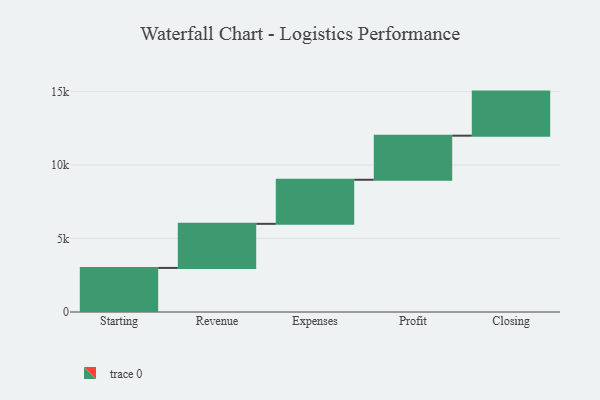
{"axis": {"x": "Step", "y": "Value"}, "legend": [""], "data": [{"x": "Starting", "y": 3000, "type": ""}, {"x": "Revenue", "y": 3000, "type": ""}, {"x": "Expenses", "y": 3000, "type": ""}, {"x": "Profit", "y": 3000, "type": ""}, {"x": "Closing", "y": 3000, "type": ""}]}